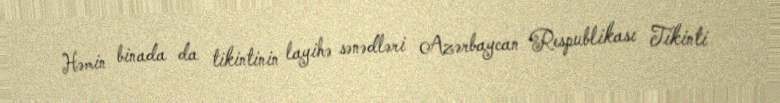
Həmin binada da tikintinin layihə sənədləri Azərbaycan Respublikası Tikinti